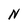
Character: N